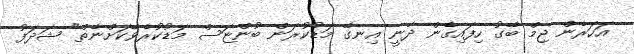
އަހަރެން ޖިމް ބޭގު ހިފައިގެން ދާނީ އިނގޭ މަޑުކުރަން ބުންޏަސް މަޑުކުރެވޭކަށްނެތް" ޝަދަފު